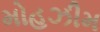
મોહઝીમ